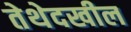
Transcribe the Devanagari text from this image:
तेथेदखील